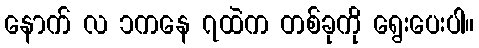
နောက် လ ၁ကနေ ၇ထဲက တစ်ခုကို ရွေးပေးပါ။